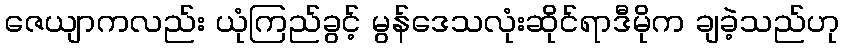
ဇေယျာကလည်း ယုံကြည်ခွင့် မွန်ဒေသလုံးဆိုင်ရာဒီမိုက ချခဲ့သည်ဟု